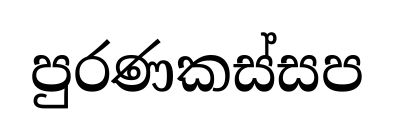
පුරණකස්සප